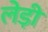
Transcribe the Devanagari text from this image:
लेड़ी